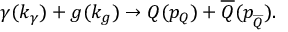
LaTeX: \gamma ( k _ { \gamma } ) + g ( k _ { g } ) \rightarrow Q ( p _ { Q } ) + \overline { { { Q } } } ( p _ { \stackrel { \_ } { Q } } ) .